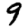
Digit: 9